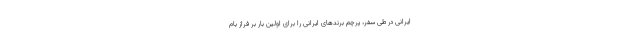
ایرانی در طی سفر، پرچم برندهای ایرانی را برای اولین بار بر فراز بام